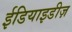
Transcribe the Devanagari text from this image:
ईडियाइडीज़